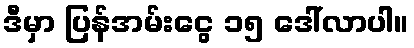
ဒီမှာ ပြန်အမ်းငွေ ၁၅ ဒေါ်လာပါ။